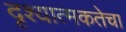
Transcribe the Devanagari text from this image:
दृश्यात्मकतेचा